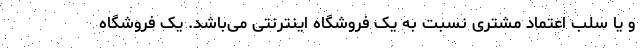
و یا سلب اعتماد مشتری نسبت به یک فروشگاه اینترنتی می‌باشد. یک فروشگاه